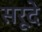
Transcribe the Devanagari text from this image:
सरूदे